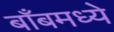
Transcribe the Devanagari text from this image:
बाँबमध्ये